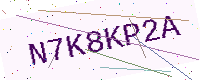
Text: N7K8KP2A